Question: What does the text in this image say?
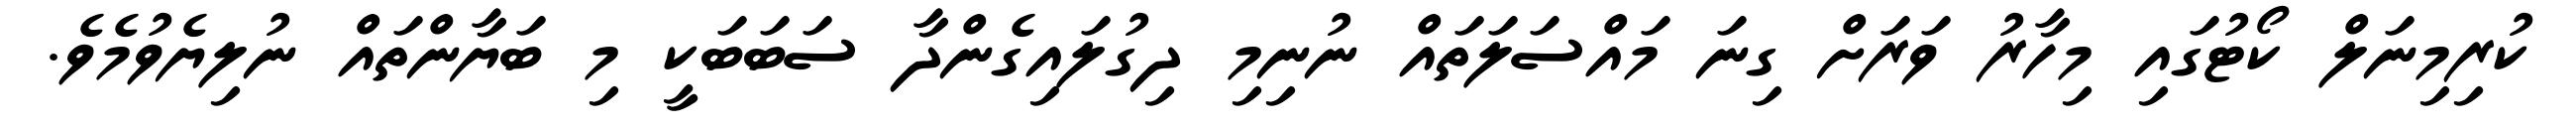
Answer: ކުރިމިނަލް ކޯޓުގައި މިހާރު ވަރަށް ގިނަ މައްސަލަތައް ނުނިމި ދިގުލައިގެންދާ ސަބަބަކީ މި ބަޔާންތައް ނުލިޔެވުމެވެ.